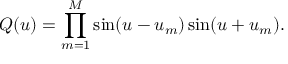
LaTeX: Q ( u ) = \prod _ { m = 1 } ^ { M } \sin ( u - u _ { m } ) \sin ( u + u _ { m } ) . \nonumber